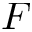
F